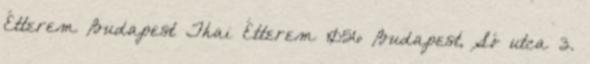
Étterem Budapest Thai Étterem 1056 Budapest, Só utca 3.